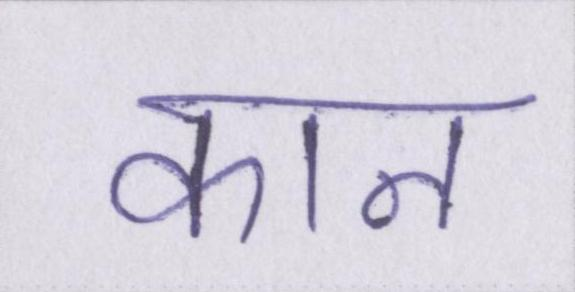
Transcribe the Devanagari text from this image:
कान